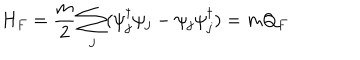
LaTeX: H _ { F } = \frac { m } { 2 } \sum _ { j } ( \psi _ { j } ^ { \dagger } \psi _ { j } - \psi _ { j } \psi _ { j } ^ { \dagger } ) = m Q _ { F }